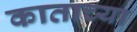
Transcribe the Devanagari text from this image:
काताच्या